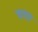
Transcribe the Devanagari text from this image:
चरग